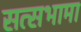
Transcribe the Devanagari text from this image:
सत्सभामा